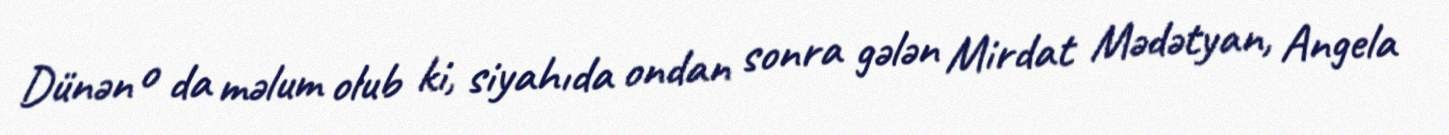
Dünən o da məlum olub ki, siyahıda ondan sonra gələn Mirdat Mədətyan, Angela